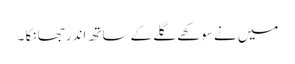
میں نے سوکھے گلے کے ساتھ اندر جھانکا ۔